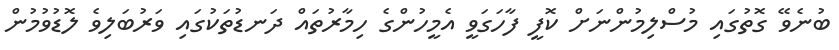
ބުނެވޭ ގޮތުގައި މުސްލިމުންނަށް ކޮފީ ފާހަގަވީ އެމީހުންގެ ހިމާރުތައް ދަނޑުތަކުގައި ވަރުބަލިވެ ލޮޑުވުމުން